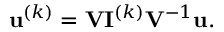
\mathbf { u } ^ { ( k ) } = \mathbf { V } \mathbf { I } ^ { ( k ) } \mathbf { V } ^ { - 1 } \mathbf { u } .